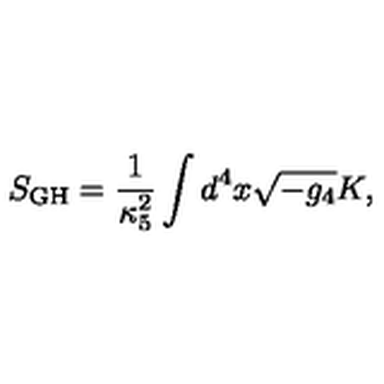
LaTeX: S _ { \mathrm { G H } } = \frac { 1 } { \kappa _ { 5 } ^ { 2 } } \int d ^ { 4 } x \sqrt { - g _ { 4 } } K ,